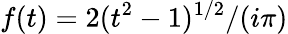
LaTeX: f(t)=2(t^{2}-1)^{1/2}/(i\pi)